Medical and sanitary report of the native army of Madras for the year
Year: 1878
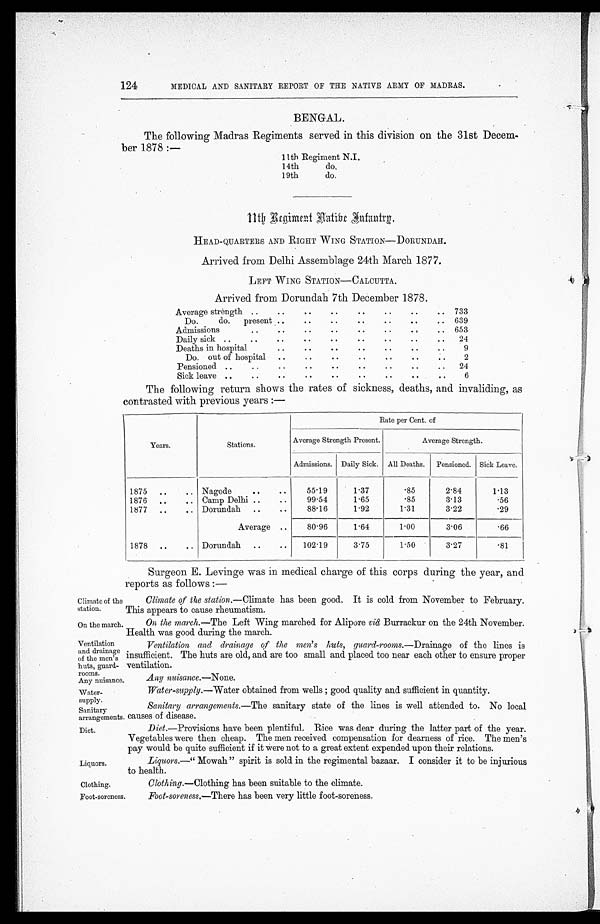
Climate of the
station.
On the march.
Ventilation
and drainage
of the men's
huts, guard-
rooms.
Any nuisance
Liquors.
Clothing.
124
MEDICAL AND SANITARY REPORT OF THE NATIVE ARMY OF MADRAS.
BENGAL.
The following Madras Regiments served in this division on the 31st Decem-
ber 1878:—
11th Regiment N.J.
14th
do.
19th
do.
1 1 t h R e g i m e n t N a t i v e I n f a n t r y .
HEAD-QUARTERS AND RIGHT WING STATION—DORUNDAH.
Arrived from Delhi Assemblage 24th March 1877.
LEFT WING STATION—CALCUTTA.
Arrived from Dorundah 7th December 1878.
Average strength ..
..
..
.. .. ..
..
..
733
Do.
do.
present ..
..
..
..
..
..
.. 639
Admissions
.. .. .. .. .. .. .. ..
653
Daily sick ..
..
..
..
..
..
..
..
..
24
Deaths in hospital
..
..
..
..
..
..
..
9
Do. out of hospital
..
..
.. .. .. .. ..
2
Pensioned ..
..
.. .. .. .. .. .. ..
24
Sick leave ..
.. .. .. .. .. .. ..
..
6
The following return shows the rates of sickness, deaths, and invaliding, as
contrasted with previous years :—
Years.
Stations .
Rate per Cent. of
Average Strength Present.
Average Strength.
Admissions. Daily Sick. All Deaths. Pensioned. Sick Leave.
1875
..
.. Nagode
..
..
55.19
1.37
.85
2.84
1.13
1876
..
.. Camp Delhi ..
..
99.54
1.65
.85
3.13
.56
1877
..
.. Dorundah
..
..
88.16
1.92
1.31
3.22
.29
Average
..
80.96
1.64
1.00
3.06
.66
1878 ..
.. Dorundah ..
..
102.19
3.75
1.50
3.27
.81
Surgeon E. Levinge was in medical charge of this corps during the year, and
reports as follows :—
Climate of the station.— Climate has been good. It is cold from November to February.
This appears to cause rheumatism.
On the march.—The Left Wing marched for Alipore viâ Burrackur on the 24th November.
Health was good during the march.
Ventilation and drainage of the men's huts, guard-rooms.— Drainage of the lines is
insufficient. The huts are old, and are too small and placed too near each other to ensure proper
ventilation.
Ann nuisance.—None.
Water-
supply.
Sanitary
arrangements.
Diet.
Water-supply.— Water obtained from wells ; good quality and sufficient in quantity.
Sanitary arrangements.— The sanitary state of the lines is well attended to. No local
causes of disease.
Diet.—Provisions have been plentiful. R ice was dear during the latter part of the year.
Vegetables were then cheap. The men received compensation for dearness of rice. The men's
pay would be quite sufficient if it were not to a great extent expended upon their relations.
Liquors.—" Mowah" spirit is sold in the regimental bazaar. I consider it to be injurious
to health.
Clothing.—Clothing has been suitable to the climate.
Foot-soreness.
Foot-soreness,—There has been very little foot-soreness.